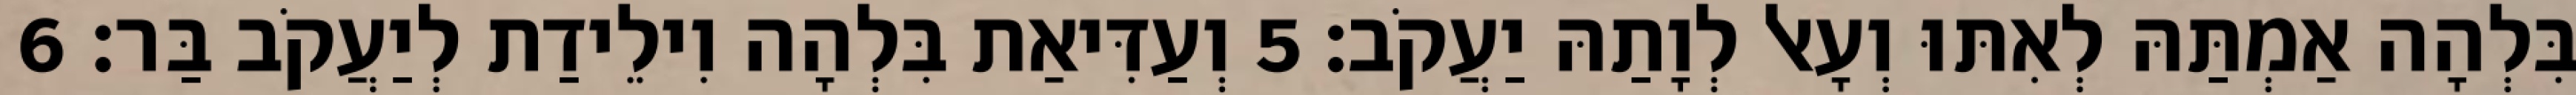
בִּלְהָה אַמְתַּהּ לְאִתּוּ וְעָאל לְוָתַהּ יַעֲקֹב׃ 5 וְעַדִּיאַת בִּלְהָה וִילֵידַת לְיַעֲקֹב בַּר׃ 6